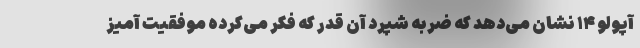
آپولو ۱۴ نشان می‌دهد که ضربه شپرد آن قدر که فکر می‌کرده موفقیت آمیز